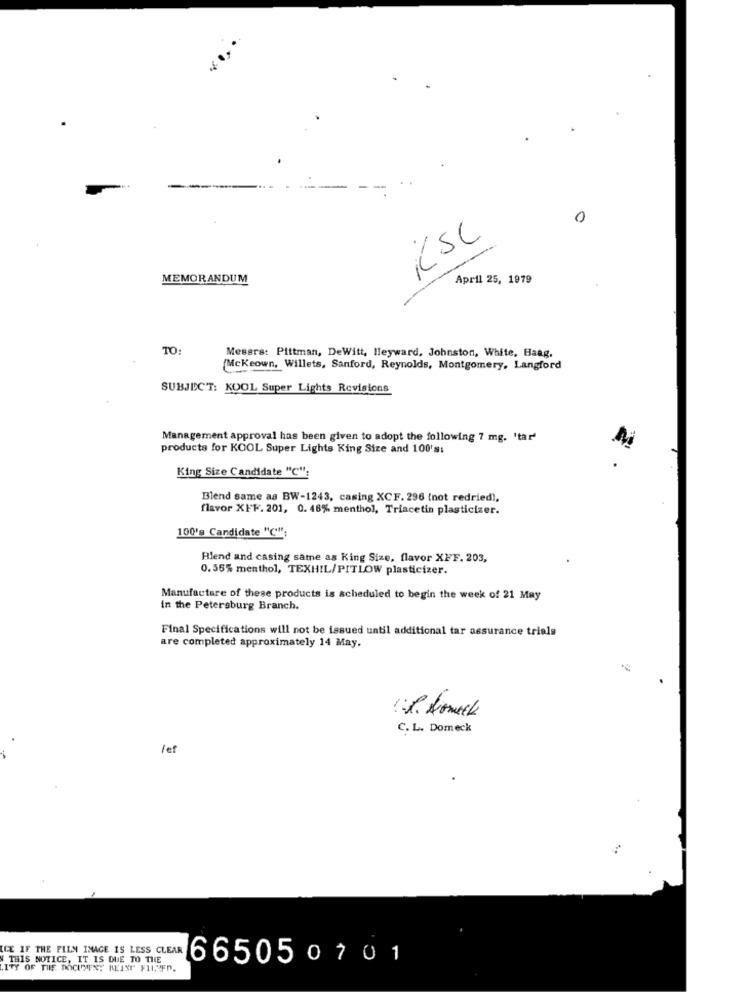
0
KSC
MEMORANDUM
April 25, 1979
TO:
Messrs: Pittman, DeWitt, Heyward, Johnston, White, Haag,
Mckeown, Willets, Sanford, Reynolds, Montgomery, Langford
SUBJECT: KOOL Super Lights Revisions
Management approval has been given to adopt the following 7 mg. 'tar'
products for KOOL Super Lights King Size and 100's:
King Size Candidate "C":
Blend same as BW-1243, casing XCF. 296 (not redried),
flavor XFF. 201, 0. 48% menthol, Triacetin plasticizer.
100's Candidate "C";
Hlend and casing same as King Size, flavor XFF. 203,
0. 56% menthol, TEXHIL/PITLOW plasticizer.
Manufacture of these products is scheduled to begin the week of 21 May
in the Petersburg Branch.
Final Specifications will not be issued until additional tar assurance trials
are completed approximately 14 May.
C. L. Domeck
fef
ICE IF THE FILM IMAGE IS LESS CLEAR
W THIS NOTICE, IT IS DUE TO THE
665050701
.ITY OF THE DOCUMENT KEINE FILLED.